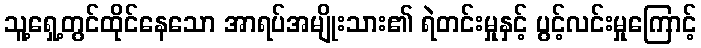
သူ့ရှေ့တွင်ထိုင်နေသော အာရပ်အမျိုးသား၏ ရဲတင်းမှုနှင့် ပွင့်လင်းမှုကြောင့်